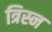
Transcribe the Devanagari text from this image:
त्रिस्न